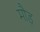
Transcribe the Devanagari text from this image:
मौड़